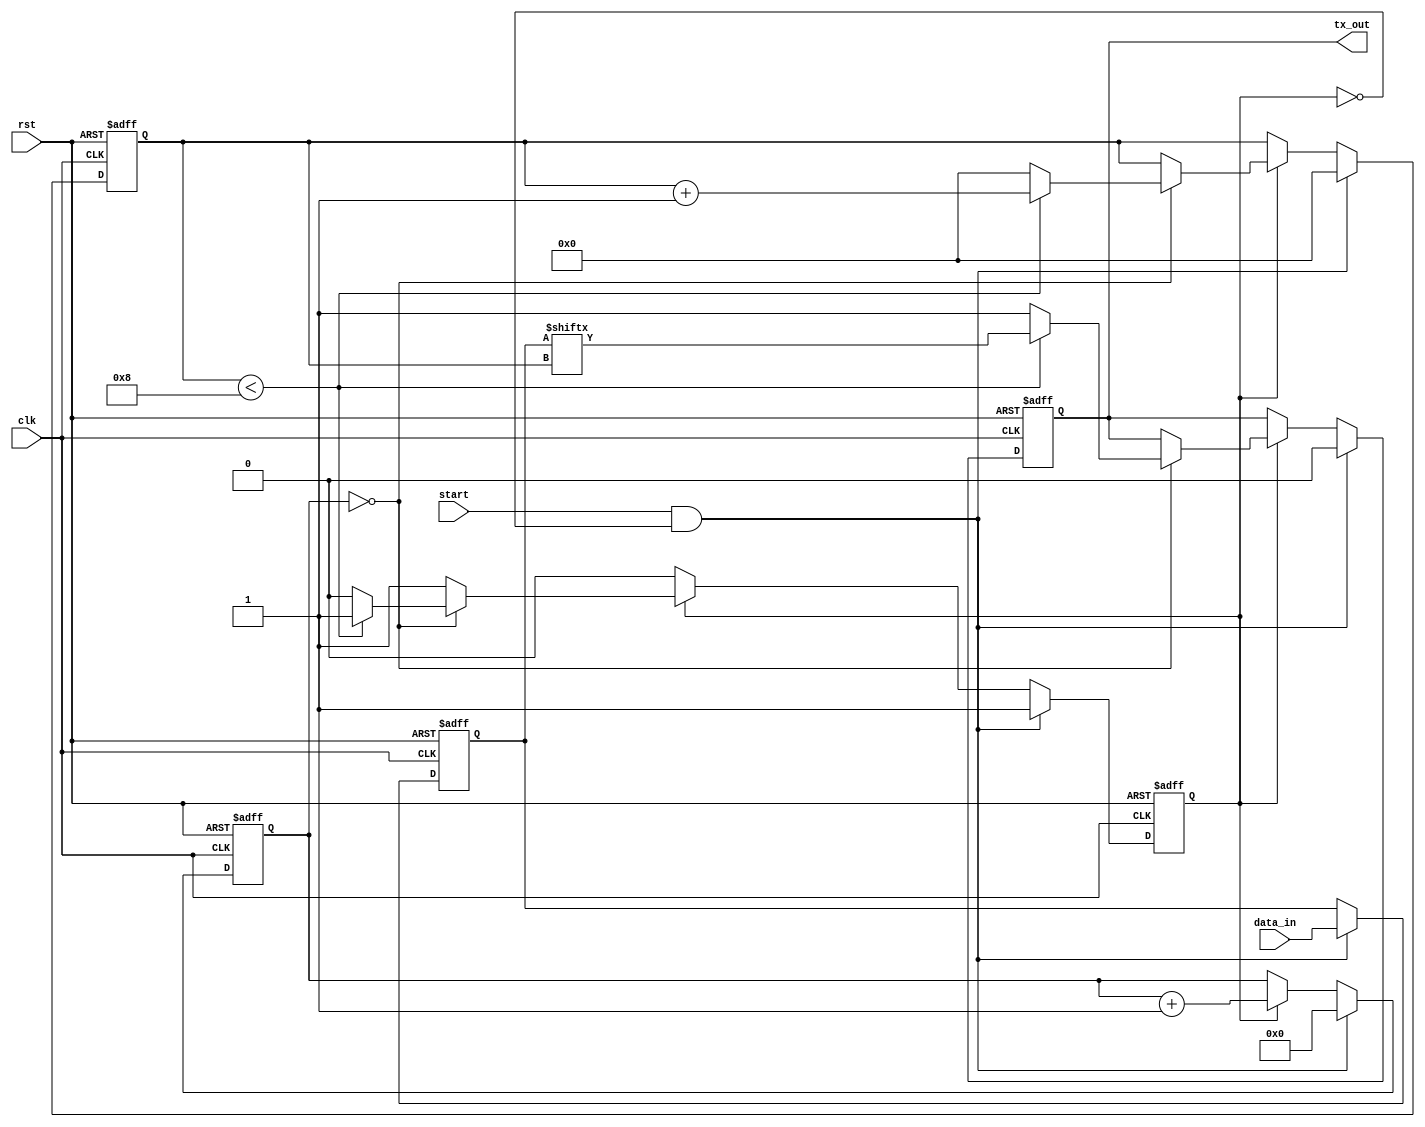
module uart_transmitter (
  input wire clk,
  input wire rst,
  input wire start,
  input wire [7:0] data_in,
  output reg tx_out
);

reg [11:0] baud_counter;
reg [7:0] data_reg;
reg [3:0] bit_counter;
reg tx_busy;

always @(posedge clk or posedge rst) begin
  if(rst) begin
    baud_counter <= 0;
    data_reg <= 0;
    bit_counter <= 0;
    tx_out <= 1;
    tx_busy <= 0;
  end else begin
    if(start && !tx_busy) begin
      baud_counter <= 0;
      data_reg <= data_in;
      bit_counter <= 0;
      tx_out <= 0;
      tx_busy <= 1;
    end else if(tx_busy) begin
      baud_counter <= baud_counter + 1;
      if(baud_counter == 0) begin
        if(bit_counter < 8) begin
          tx_out <= data_reg[bit_counter];
          bit_counter <= bit_counter + 1;
        end else begin
          tx_out <= 1;
          bit_counter <= 0;
          tx_busy <= 0;
        end
      end
    end
  end
end

endmodule